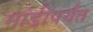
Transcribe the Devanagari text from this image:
मांडीपर्यंत